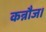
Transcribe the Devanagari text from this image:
कन्नौज।